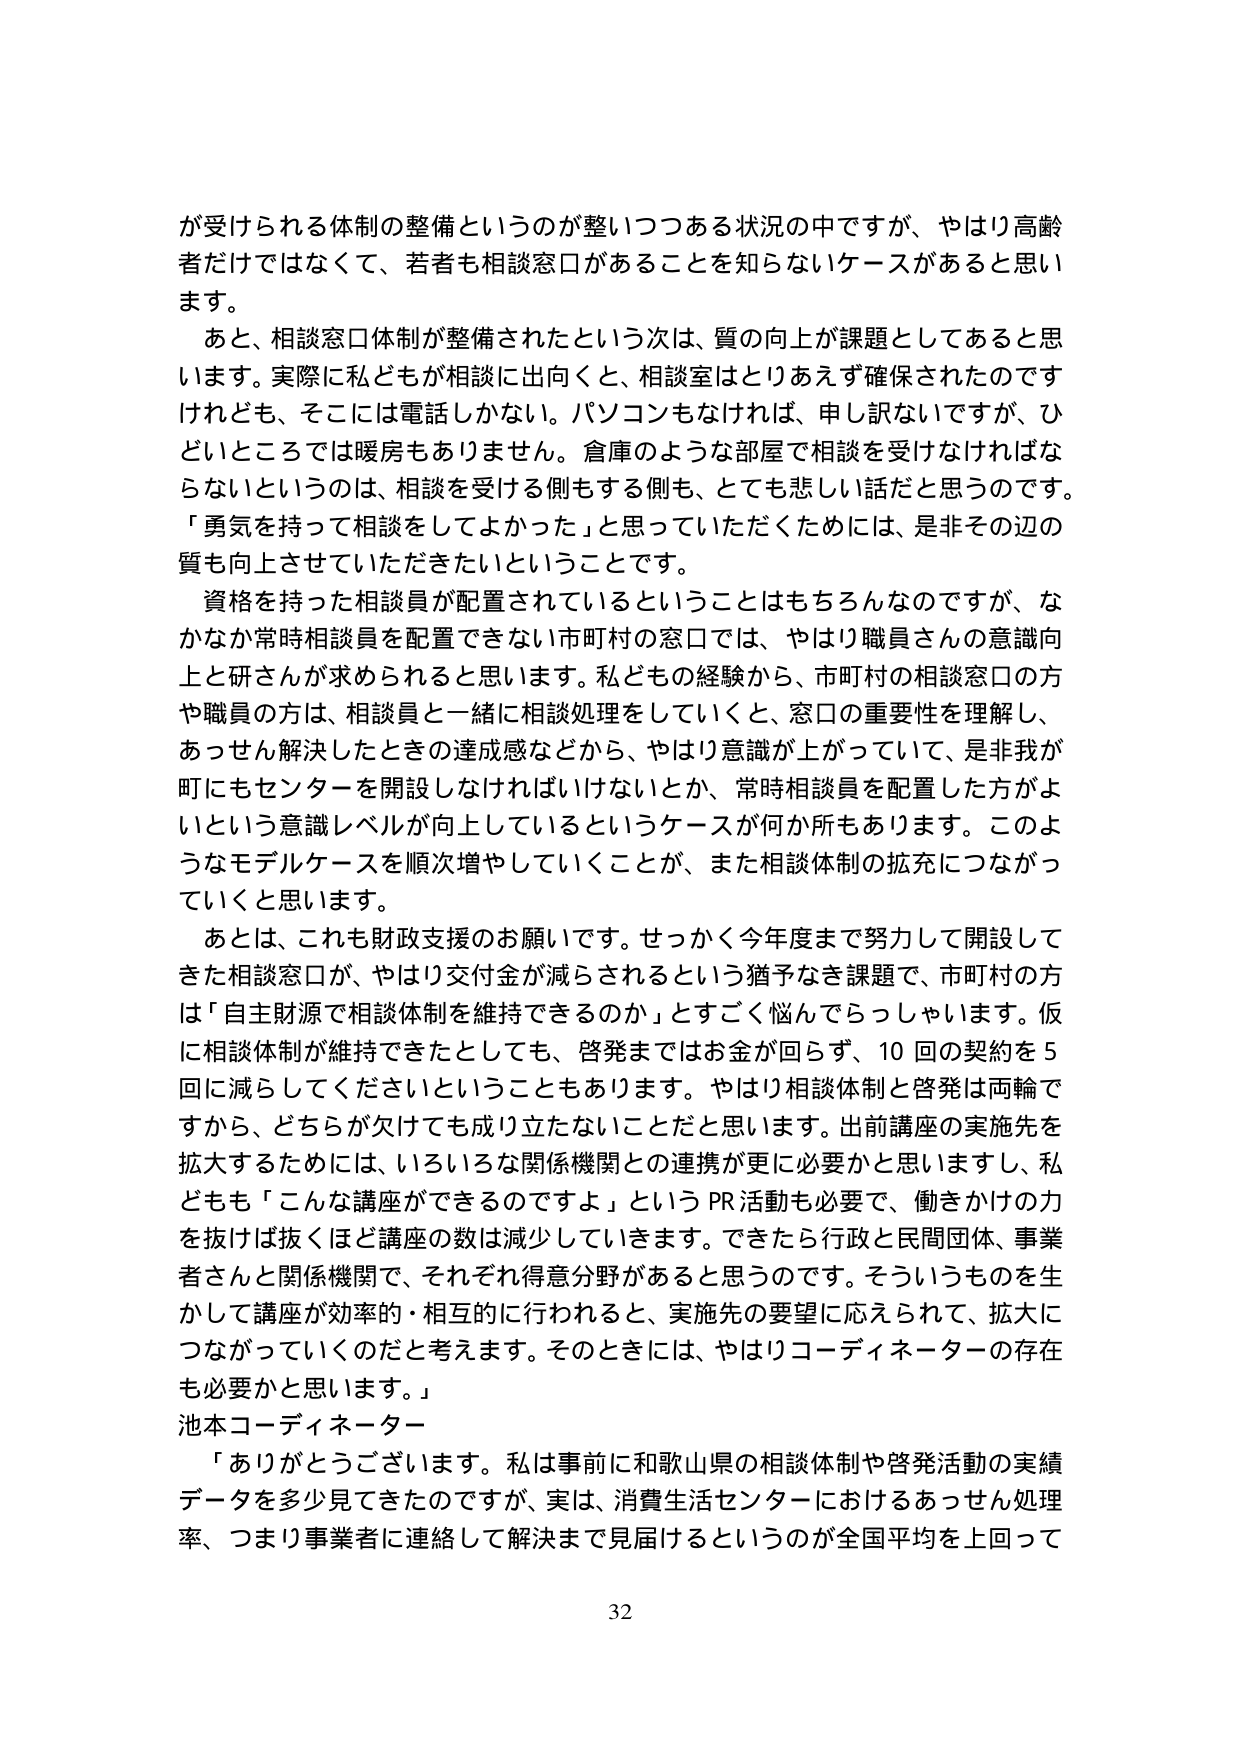
が受けられる体制の整備というのが整いつつある状況の中ですが、やはり高齢者だけではなくて、若者も相談窓口があることを知らないケースがあると思います。

あと、相談窓口体制が整備されたという次は、質の向上が課題としてあると思います。実際に私どもが相談に出向くと、相談室はとりあえず確保されたのですけれども、そこには電話しかない。パソコンもなければ、申し訳ないですが、ひどいところでは暖房もありません。倉庫のような部屋で相談を受けなければならないというのは、相談を受ける側もする側も、とても悲しい話だと思うのです。「勇気を持って相談をしてよかった」と思っていただくためには、是非その辺の質も向上させていただきたいということです。

資格を持った相談員が配置されているということはもちろんなのですが、なかなか常時相談員を配置できない市町村の窓口では、やはり職員さんの意識向上と研さんが求められると思います。私どもの経験から、市町村の相談窓口の方や職員の方は、相談員と一緒に相談処理をしていくと、窓口の重要性を理解し、あっせん解決したときの達成感などから、やはり意識が上がっていって、是非我が町にもセンターを開設しなければいけないとか、常時相談員を配置した方がよいという意識レベルが向上しているというケースが何か所もあります。このようなモデルケースを順次増やしていくことが、また相談体制の拡充につながっていくと思います。

あとは、これも財政支援のお願いです。せっかく今年度まで努力して開設してきた相談窓口が、やはり交付金が減らされるという猶予なき課題で、市町村の方は「自主財源で相談体制を維持できるのか」とすごく悩んでらっしゃいます。仮に相談体制が維持できたとしても、啓発まではお金が回らず、10回の契約を5回に減らしてくださいということもあります。やはり相談体制と啓発は両輪ですから、どちらが欠けても成り立たないことだと思います。出前講座の実施先を拡大するためには、いろいろな関係機関との連携が更に必要かと思いますし、私どもも「こんな講座ができるのですよ」というPR活動も必要で、働きかけの力を抜けば抜くほど講座の数は減少していきます。できたら行政と民間団体、事業者さんと関係機関で、それぞれ得意分野があると思うのです。そういうものを生かして講座が効率的・相互的に行われると、実施先の要望に応えられて、拡大につながっていくのだと考えます。そのときには、やはりコーディネーターの存在も必要かと思います。」

池本コーディネーター

「ありがとうございます。私は事前に和歌山県の相談体制や啓発活動の実績データを多少見てきたのですが、実は、消費生活センターにおけるあっせん処理率、つまり事業者に連絡して解決まで見届けるというのが全国平均を上回って

32